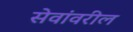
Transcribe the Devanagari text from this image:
सेवांवरील